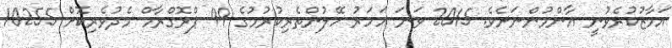
އަމާޒުކުރެވުނީ އާންމުންނަށެވެ. 2015 ވަނަ އަހަރު ހޭލުންތެރިކުރުމުގެ 99 ޕްރޮގްރާމް މެދުވެރިކޮށް 10255